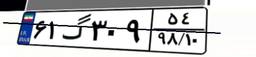
۶۳گ۷۸۷۹۲